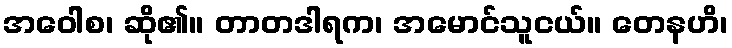
အဝေါစ၊ ဆို၏။ တာတဒါရက၊ အမောင်သူငယ်။ တေနဟိ၊